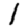
Digit: 1